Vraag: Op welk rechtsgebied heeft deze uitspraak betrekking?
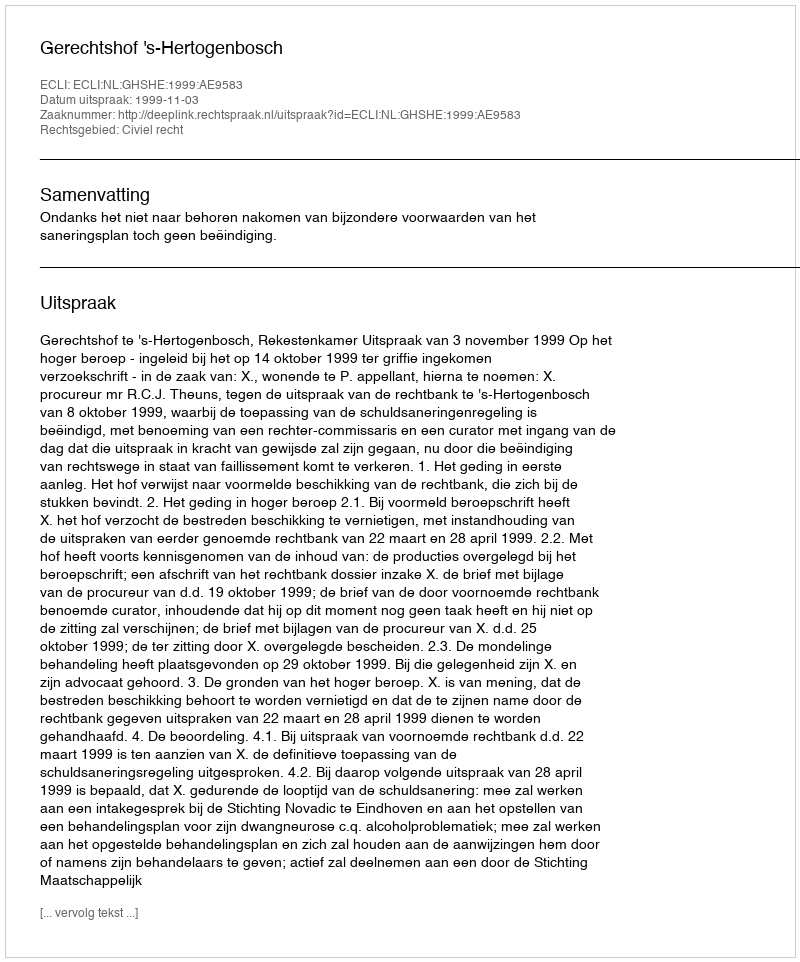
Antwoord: Civiel recht